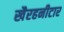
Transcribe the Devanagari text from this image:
खैरहनीटार